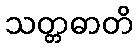
သတ္တဓာတိ